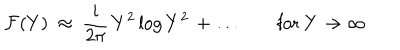
{ \cal F } ( Y ) ~ \approx ~ \frac { i } { 2 \pi } \, Y ^ { 2 } \log { Y ^ { 2 } } \, + \ldots \qquad \mathrm { f o r ~ } Y \to \infty